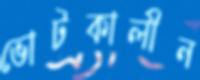
ভোটকালীন